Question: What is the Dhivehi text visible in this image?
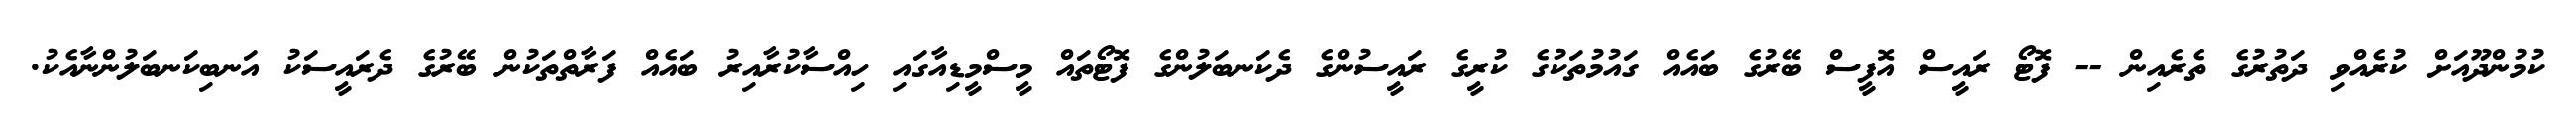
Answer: ކުމުންދޫއަށް ކުރެއްވި ދަތުރުގެ ތެރެއިން -- ފޮޓޯ ރައީސް އޮފީސް ބޭރުގެ ބައެއް ގައުމުތަކުގެ ކުރީގެ ރައީސުންގެ ދެކަނބަލުންގެ ފޮޓޯތައް މީސްމީޑިއާގައި ހިއްސާކުރާއިރު ބައެއް ފަރާތްތަކުން ބޭރުގެ ދެރައީސަކު އަނބިކަނބަލުންނާއެކު.